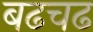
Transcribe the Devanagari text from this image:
बढचढ